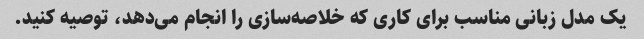
یک مدل زبانی مناسب برای کاری که خلاصه‌سازی را انجام می‌دهد، توصیه کنید.